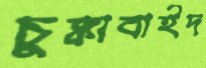
চুক্কাবাইদ